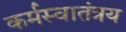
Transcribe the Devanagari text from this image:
कर्मस्वातंत्रय